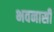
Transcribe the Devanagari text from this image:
भवनासी